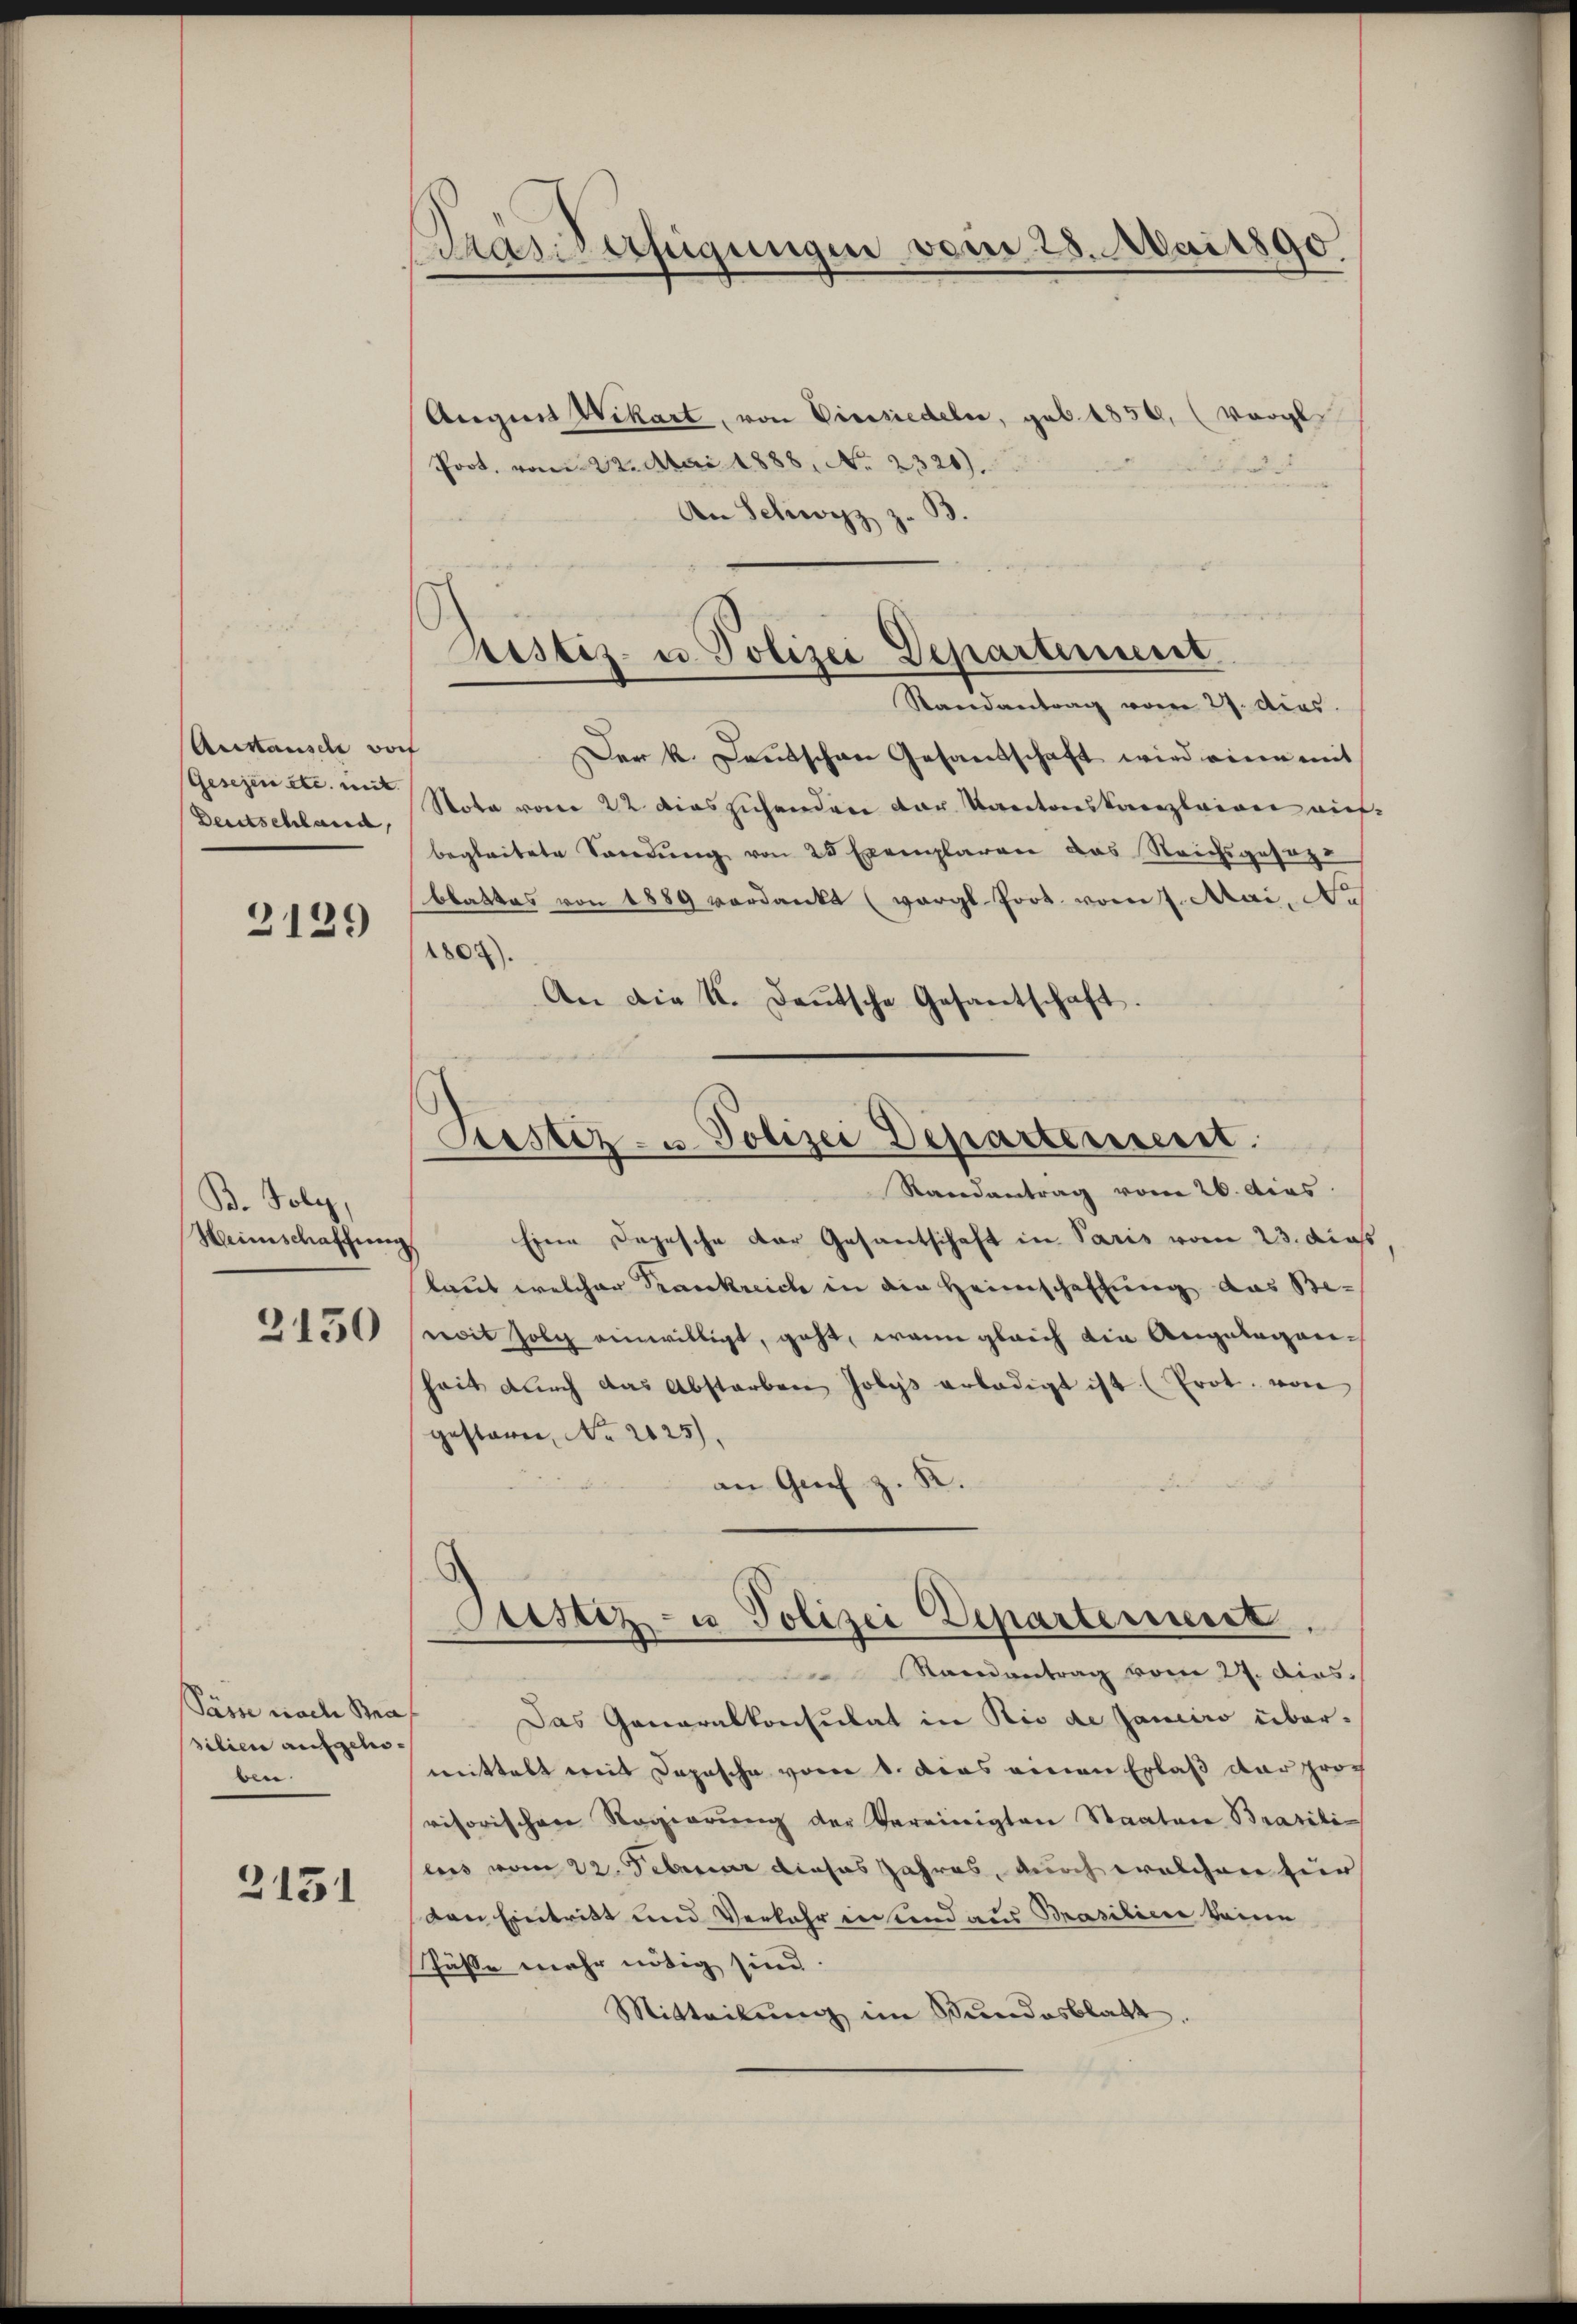
Autausche Dorf
Deutschland,

2129

B. Poly,
Heimschaffung
3150

Säre nach Straf
silien aufgehodere

2151

Dras Verfügungen vom 28. Mai 1890

Augen Wikart, von Einsiedeln, geb. 1850, (Vergl
Poot. vom 22. Mai 1888. No. 2320).
An Schwyz z. B
Randantrag vom 27. dies
Der k. Deutschen Gesandschaft wird eine mit
Gesezen etc. im Nota vom 22 dies sichenden der Kantonskanzleien aufbegleitete Soredung von 25 Exemplaren das Reichsgesezt
blattes von 1889 verdankt (vergl. Prot. vom 7. Mai, No
1807).
An die K. Deutsche Gesantschaft.
Randantrag vom 26. dies
Eine Depesche der Gesantschaft in Paris vom 23. dies
laut welcher Krankreich in die Heimschaffung das Bewit folg einwilligt, geht, wenn gleich die Angelegenheit dŭrch das Abstarben Jolys erledigt ist (Prot. von
gesteren No 2125).
.
an Grief z
Justiz- u Polizei Departement
Randantrag vom 27. Dirs.
Das Generalkonsulat in Rio de Janeiro übermittelt mit Depesche vom 1. das einen Erlaß der proch
visorischen Regierŭng der Vereinigten Staaten Brasili-
lers vom 22. Februar dieses Jahres, durch welchen für
den Eintritt und Verfahr insend aus Brasilien keine
Pässe mehr nötig sind.
Mitteilŭng im Bundesblatt.

Ristiz- u. Polizei Departement

Liestez- u. Polizei Departenseit